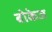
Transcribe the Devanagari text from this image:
बोकेज